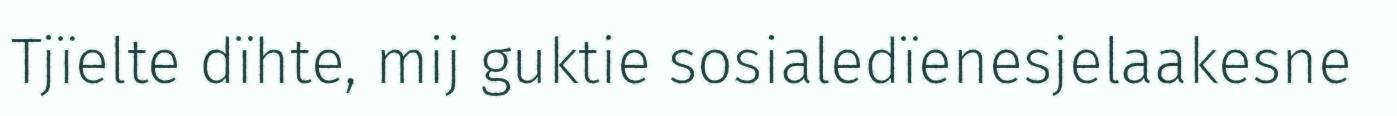
Tjïelte dïhte, mij guktie sosialedïenesjelaakesne